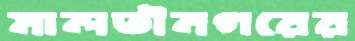
মালতীনগরের